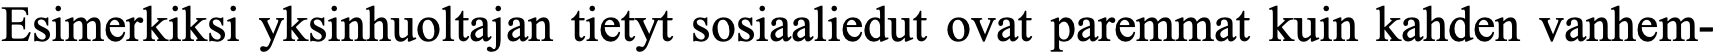
Esimerkiksi yksinhuoltajan tietyt sosiaaliedut ovat paremmat kuin kahden vanhem-